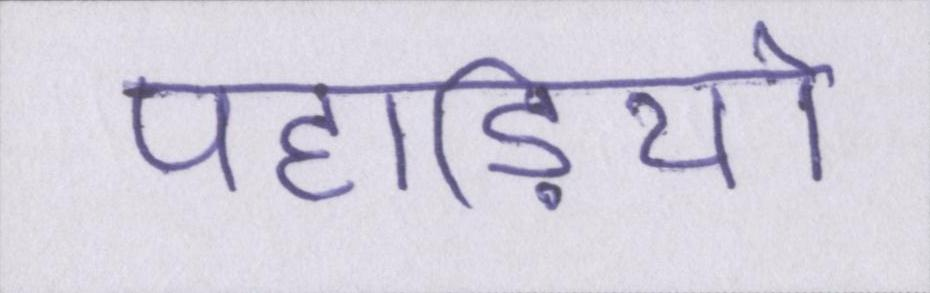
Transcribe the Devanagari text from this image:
पहाड़ियो